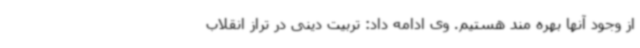
از وجود آنها بهره مند هستیم. وی ادامه داد: تربیت دینی در تراز انقلاب